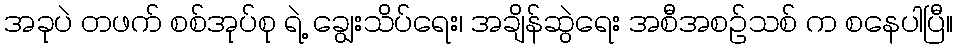
အခုပဲ တဖက် စစ်အုပ်စု ရဲ့ ချွေးသိပ်ရေး၊ အချိန်ဆွဲရေး အစီအစဉ်သစ် က စနေပါပြီ။